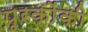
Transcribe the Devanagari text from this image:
पूरकोंकी